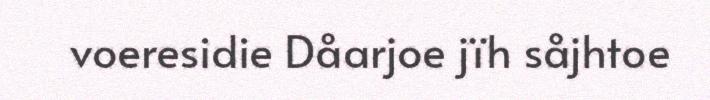
voeresidie Dåarjoe jïh såjhtoe